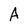
Character: A